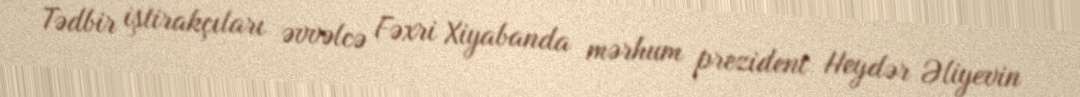
Tədbir iştirakçıları əvvəlcə Fəxri Xiyabanda mərhum prezident Heydər Əliyevin